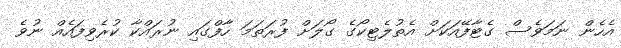
އެހެން ނަމަވެސް ގެޓާފޭއަކަށް އެތުލެޓިކޯގެ ގޯލަށް ފުރަތަމަ ހާފްގައި ނުރައްކާ ކުރެވިފައެއް ނުވެ